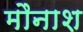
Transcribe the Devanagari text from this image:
मौनाश